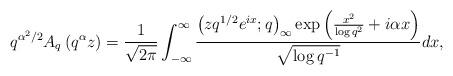
LaTeX: \begin{align*}q^{\alpha^{2}/2}A_{q}\left(q^{\alpha}z\right)=\frac{1}{\sqrt{2\pi}}\int_{-\infty}^{\infty}\frac{\left(zq^{1/2}e^{ix};q\right)_{\infty}\exp\left(\frac{x^{2}}{\log q^{2}}+i\alpha x\right)}{\sqrt{\log q^{-1}}}dx,\end{align*}